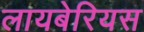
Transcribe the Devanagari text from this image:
लायबेरियस